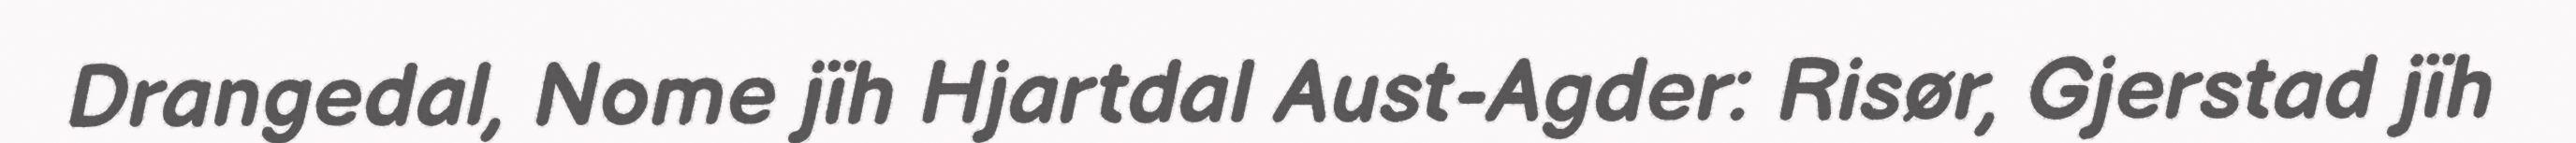
Drangedal, Nome jïh Hjartdal Aust-Agder: Risør, Gjerstad jïh